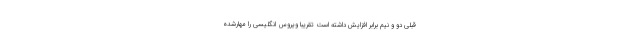
قبلی دو و نیم برابر افزایش داشته است تقریبا ویروس انگلیسی را مهارشده